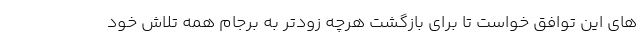
های این توافق خواست تا برای بازگشت هرچه زودتر به برجام همه تلاش خود